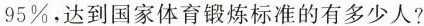
95%，达到国家体育锻炼标准的有多少人?